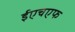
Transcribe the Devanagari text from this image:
ईएचएफ